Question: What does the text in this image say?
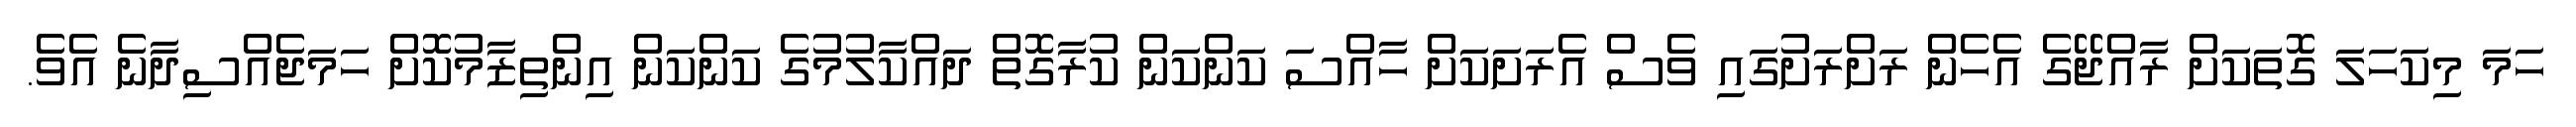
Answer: ހަމަ މިކަހަލަ ގޮތަކަށް ރާއްޖޭގެ އެހެން ރަށްރަށުގައި ވެސް އެރަށަކަށް ހާއްސަ ކަންކަން ކުރާގޮތް ދައްކާލުމުގެ ކަންކަން އިންތިޒާމުކޮށް ހަމަޖެއްސިދާނެ އެވެ.